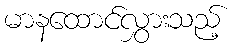
မာနထောင်လွှားသည့်